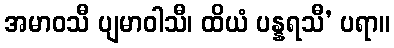
အမာဝသီ ပျမာဝါသီ၊ ထိယံ ပန္နရသီ’ ပရာ။